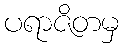
ပရာဇိတမှ